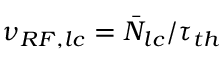
\nu _ { R F , l c } = \bar { N } _ { l c } / \tau _ { t h }